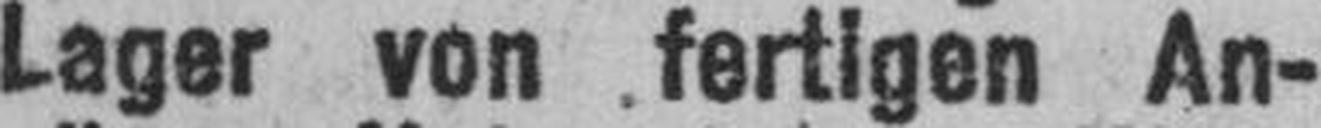
Lager von fertigen An¬